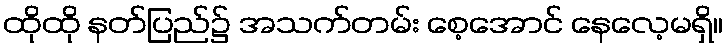
ထိုထို နတ်ပြည်၌ အသက်တမ်း စေ့အောင် နေလေ့မရှိ။